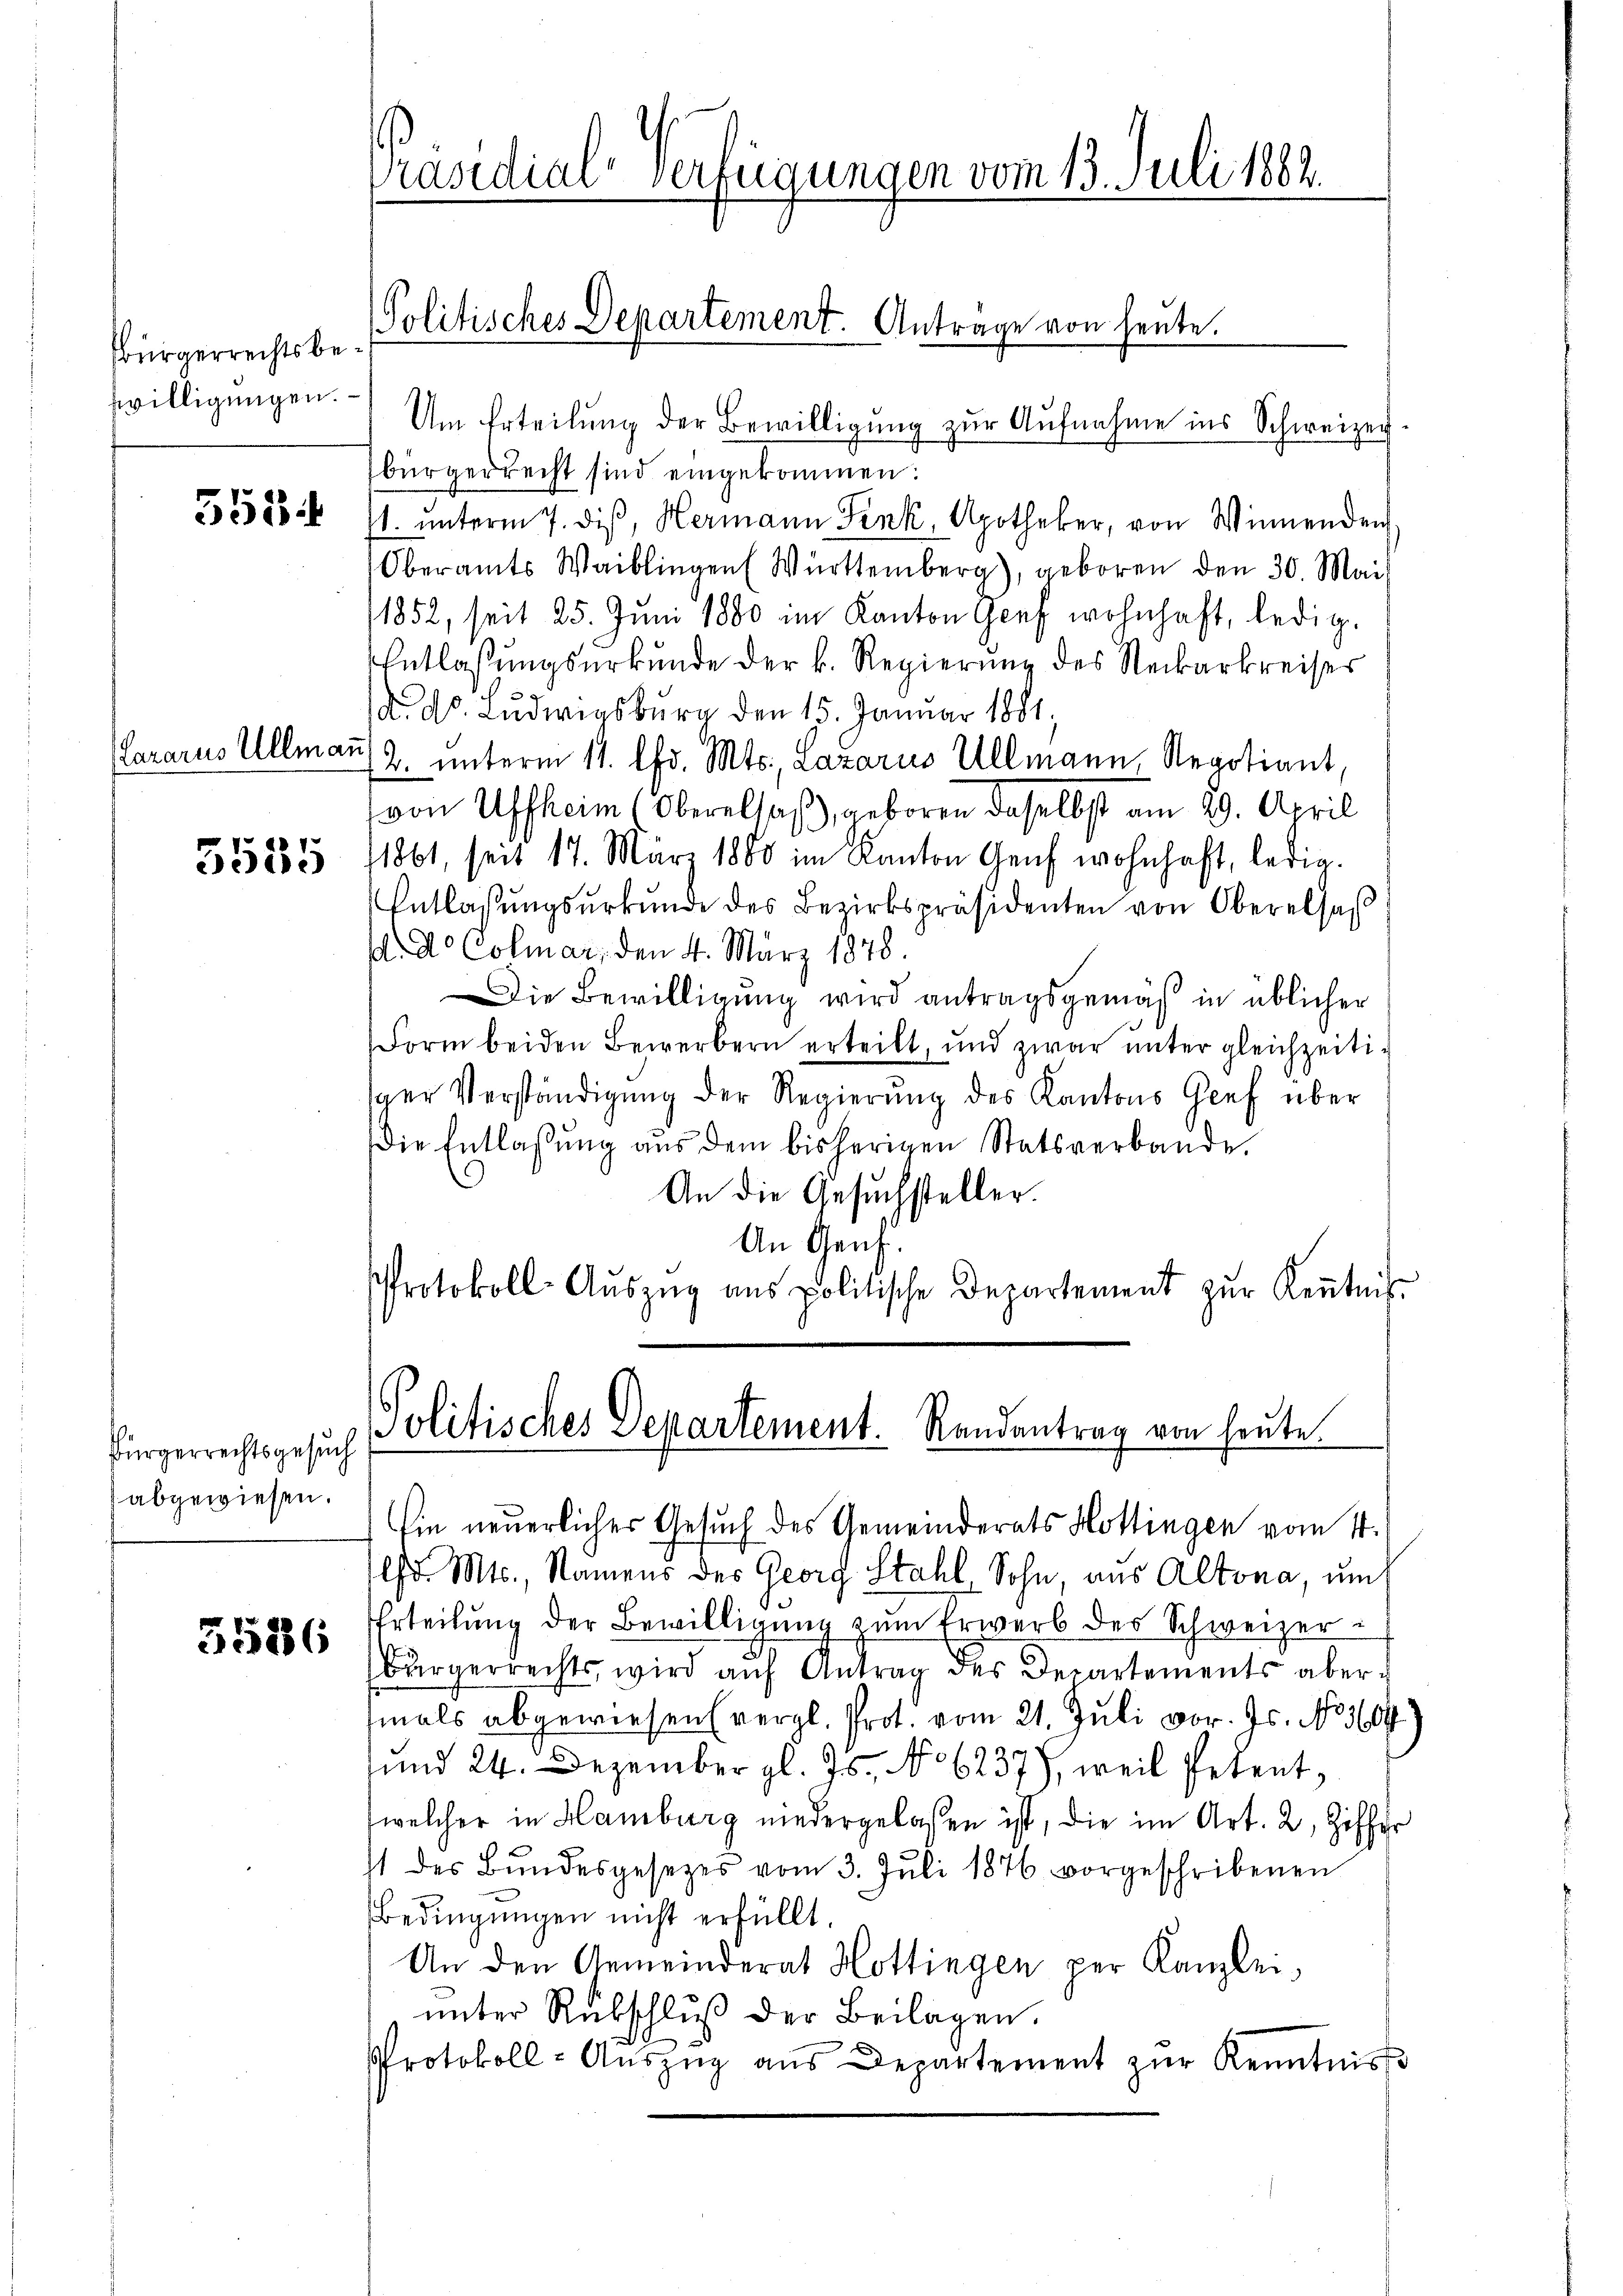
Bürgerrechts beswilligungen.

553

Cararus Ullmai

5555

Bürgerrechtsgesuch
abgewiesen.

5586

Präsidial-Verfügungen vom 13. Juli 1882.
Politisches Departement. Antrage von heute.

bürgerrecht sind eingekommen:
1. unterm 7. diβ, Hermann Fink, Apotheker, von Winnenden
Oberamts Waiblingen Württemberg), geboren den 30. Mai
1852, seit 25. Jŭni 1880 im Kanton Graf wohnhaft, ledig
Entlassŭngsŭrkŭnde der k. Regierŭng des Neckarkreises
N. d. Ludwigsburg den 15. Januar 1881,
2. unterm 11. lfd. Mts., Lazarus Ullmann, Regotiant,
von Affheim (Oberalsaß, geboren daselbst am 29. April
11861, seit 17. März 1880 im Kanton Genf wohnhaft, ledig.
Entlassŭngsŭrkŭnde des Bezirkspräsidenten von Oberalsas
do Colmar, den 4. März 1878
Die Bewilligung wird antragsgemäß in üblicher
Form beiden Bewerbern erteilt, und zwar unter gleichzeitiger Verständigŭng der Regierŭng des Kantons Geef über
Die Entlassŭng aŭs dem bisherigen Statsverbande.
An die Gesuchsteller.
An Genf.
Protokoll-Aŭszŭg ans politische Departement zŭr Kenntnis
Politisches Departement. Randantrag von heute.

Um Erteilung der Bewilligung zur Aufnahme ins Schweizer

Ein neuerlicher Gesuch des Gemeinderats Hottingen vom 14.

Chr. Mts., Namens des Georg Stahl Sohn aus Altona, um
Erteilung der Bewilligung zum Erwerb des Schweizer¬
Bürgerrechts, wird aŭf Antrag des Departements abermals abgewiesen (vergl. Prot. vom 21. Juli vor. Js. No 30
und 24. Dezember gl. Js., No 6237), weil Petent,
(welcher in Hamburg niedergelassen ist, die im Art. 2, Ziffer
11 des Bŭndesgesetzes vom 3. Jŭli 1876 vorgeschribenen
Bedingungen nicht erfüllt.
An den Gemeinderat Hottingen per Kanzlei
unter Rükschluß der Beilagen.
Protokoll-Aŭszŭg aŭs Departement zŭr Kenntniss